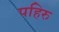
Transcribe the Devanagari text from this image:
पहिरु